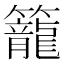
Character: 籠